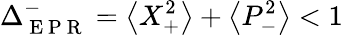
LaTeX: \Delta_{\mathrm{~E~P~R~}}^{-}=\left\langle X_{+}^{2}\right\rangle+\left\langle P_{-}^{2}\right\rangle<1